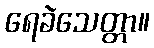
ရေခဲသေတ္တာ။